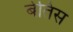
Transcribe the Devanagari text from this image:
बेतिस